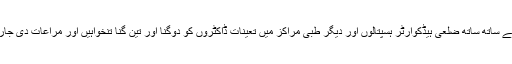
صوبائی وزیر نے وفد کو بتایا کہ تدریسی ہسپتالوں کے ڈاکٹروں کے ساتھ ساتھ ضلعی ہیڈکوارٹر ہسپتالوں اور دیگر طبی مراکز میں تعینات ڈاکٹروں کو دوگنا اور تین گنا تنخواہیں اور مراعات دی جارہی ہیں جس کے لیے سمری وزیر اعلیٰ کو ارسال کردی گئی ہے ۔